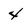
Character: 4